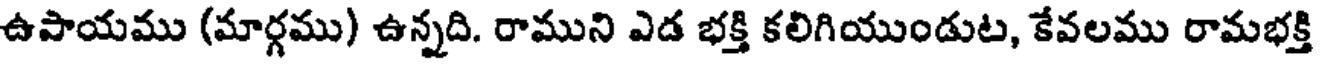
ఉపాయము (మార్గము) ఉన్నది. రాముని ఎడ భక్తి కలిగియుండుట, కేవలము రామభక్తి